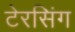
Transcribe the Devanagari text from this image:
टेरसिंग